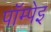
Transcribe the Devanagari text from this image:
पॉम्पेइ